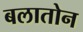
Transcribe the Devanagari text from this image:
बलातोन